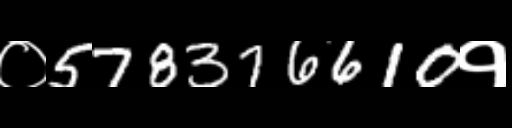
Text: ०578376610१